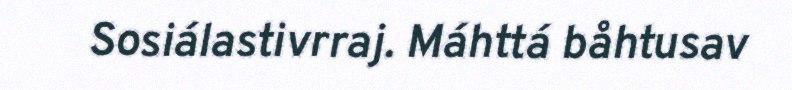
Sosiálastivrraj. Máhttá båhtusav